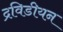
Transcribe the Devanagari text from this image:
द्रविडीयन